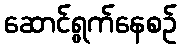
ဆောင်ရွက်နေစဉ်